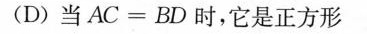
(D)当$$A C = B D$$时，它是正方形